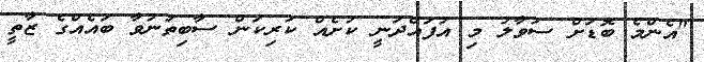
"އެންމެ ބޮޑަށް ސުވާލު މި އުފައްދަނީ ކުށެއް ކުރިކަން ސާބިތުނުވާ ބައެއްގެ ޒާތީ